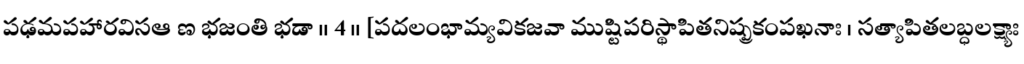
పఢమపహారవిసఆ ణ భజంతి భడా ॥ 4 ॥ [పదలంభామ్యవికజవా ముష్టిపరిస్థాపితనిష్ప్రకంపఖనాః । సత్యాపితలబ్ధలక్ష్యాః